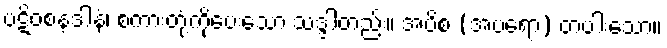
ပဋိဝစနဒါနံ၊ စကားတုံ့ကိုပေးသော သဒ္ဒါတည်း။ အပိစ (အပရော) တပါးသော။